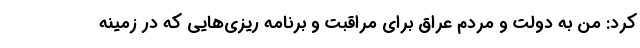
کرد: من به دولت و مردم عراق برای مراقبت و برنامه ریزی‌هایی که در زمینه